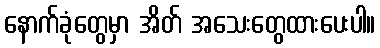
နောက်ခုံတွေမှာ အိတ် အသေးတွေထားပေးပါ။